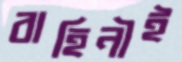
বাহিনীই